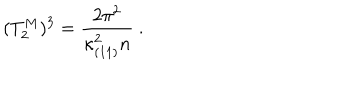
( T _ { 2 } ^ { M } ) ^ { 3 } = { \frac { 2 \pi ^ { 2 } } { \kappa _ { ( 1 1 ) } ^ { 2 } n } } \ .